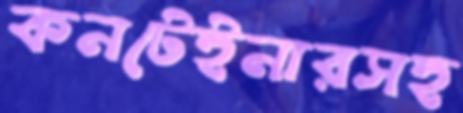
কনটেইনারসহ